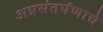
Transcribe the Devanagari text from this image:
अन्नसंतर्पणाचे